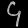
Digit: ၄